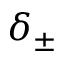
\delta _ { \pm }